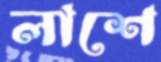
লাশে